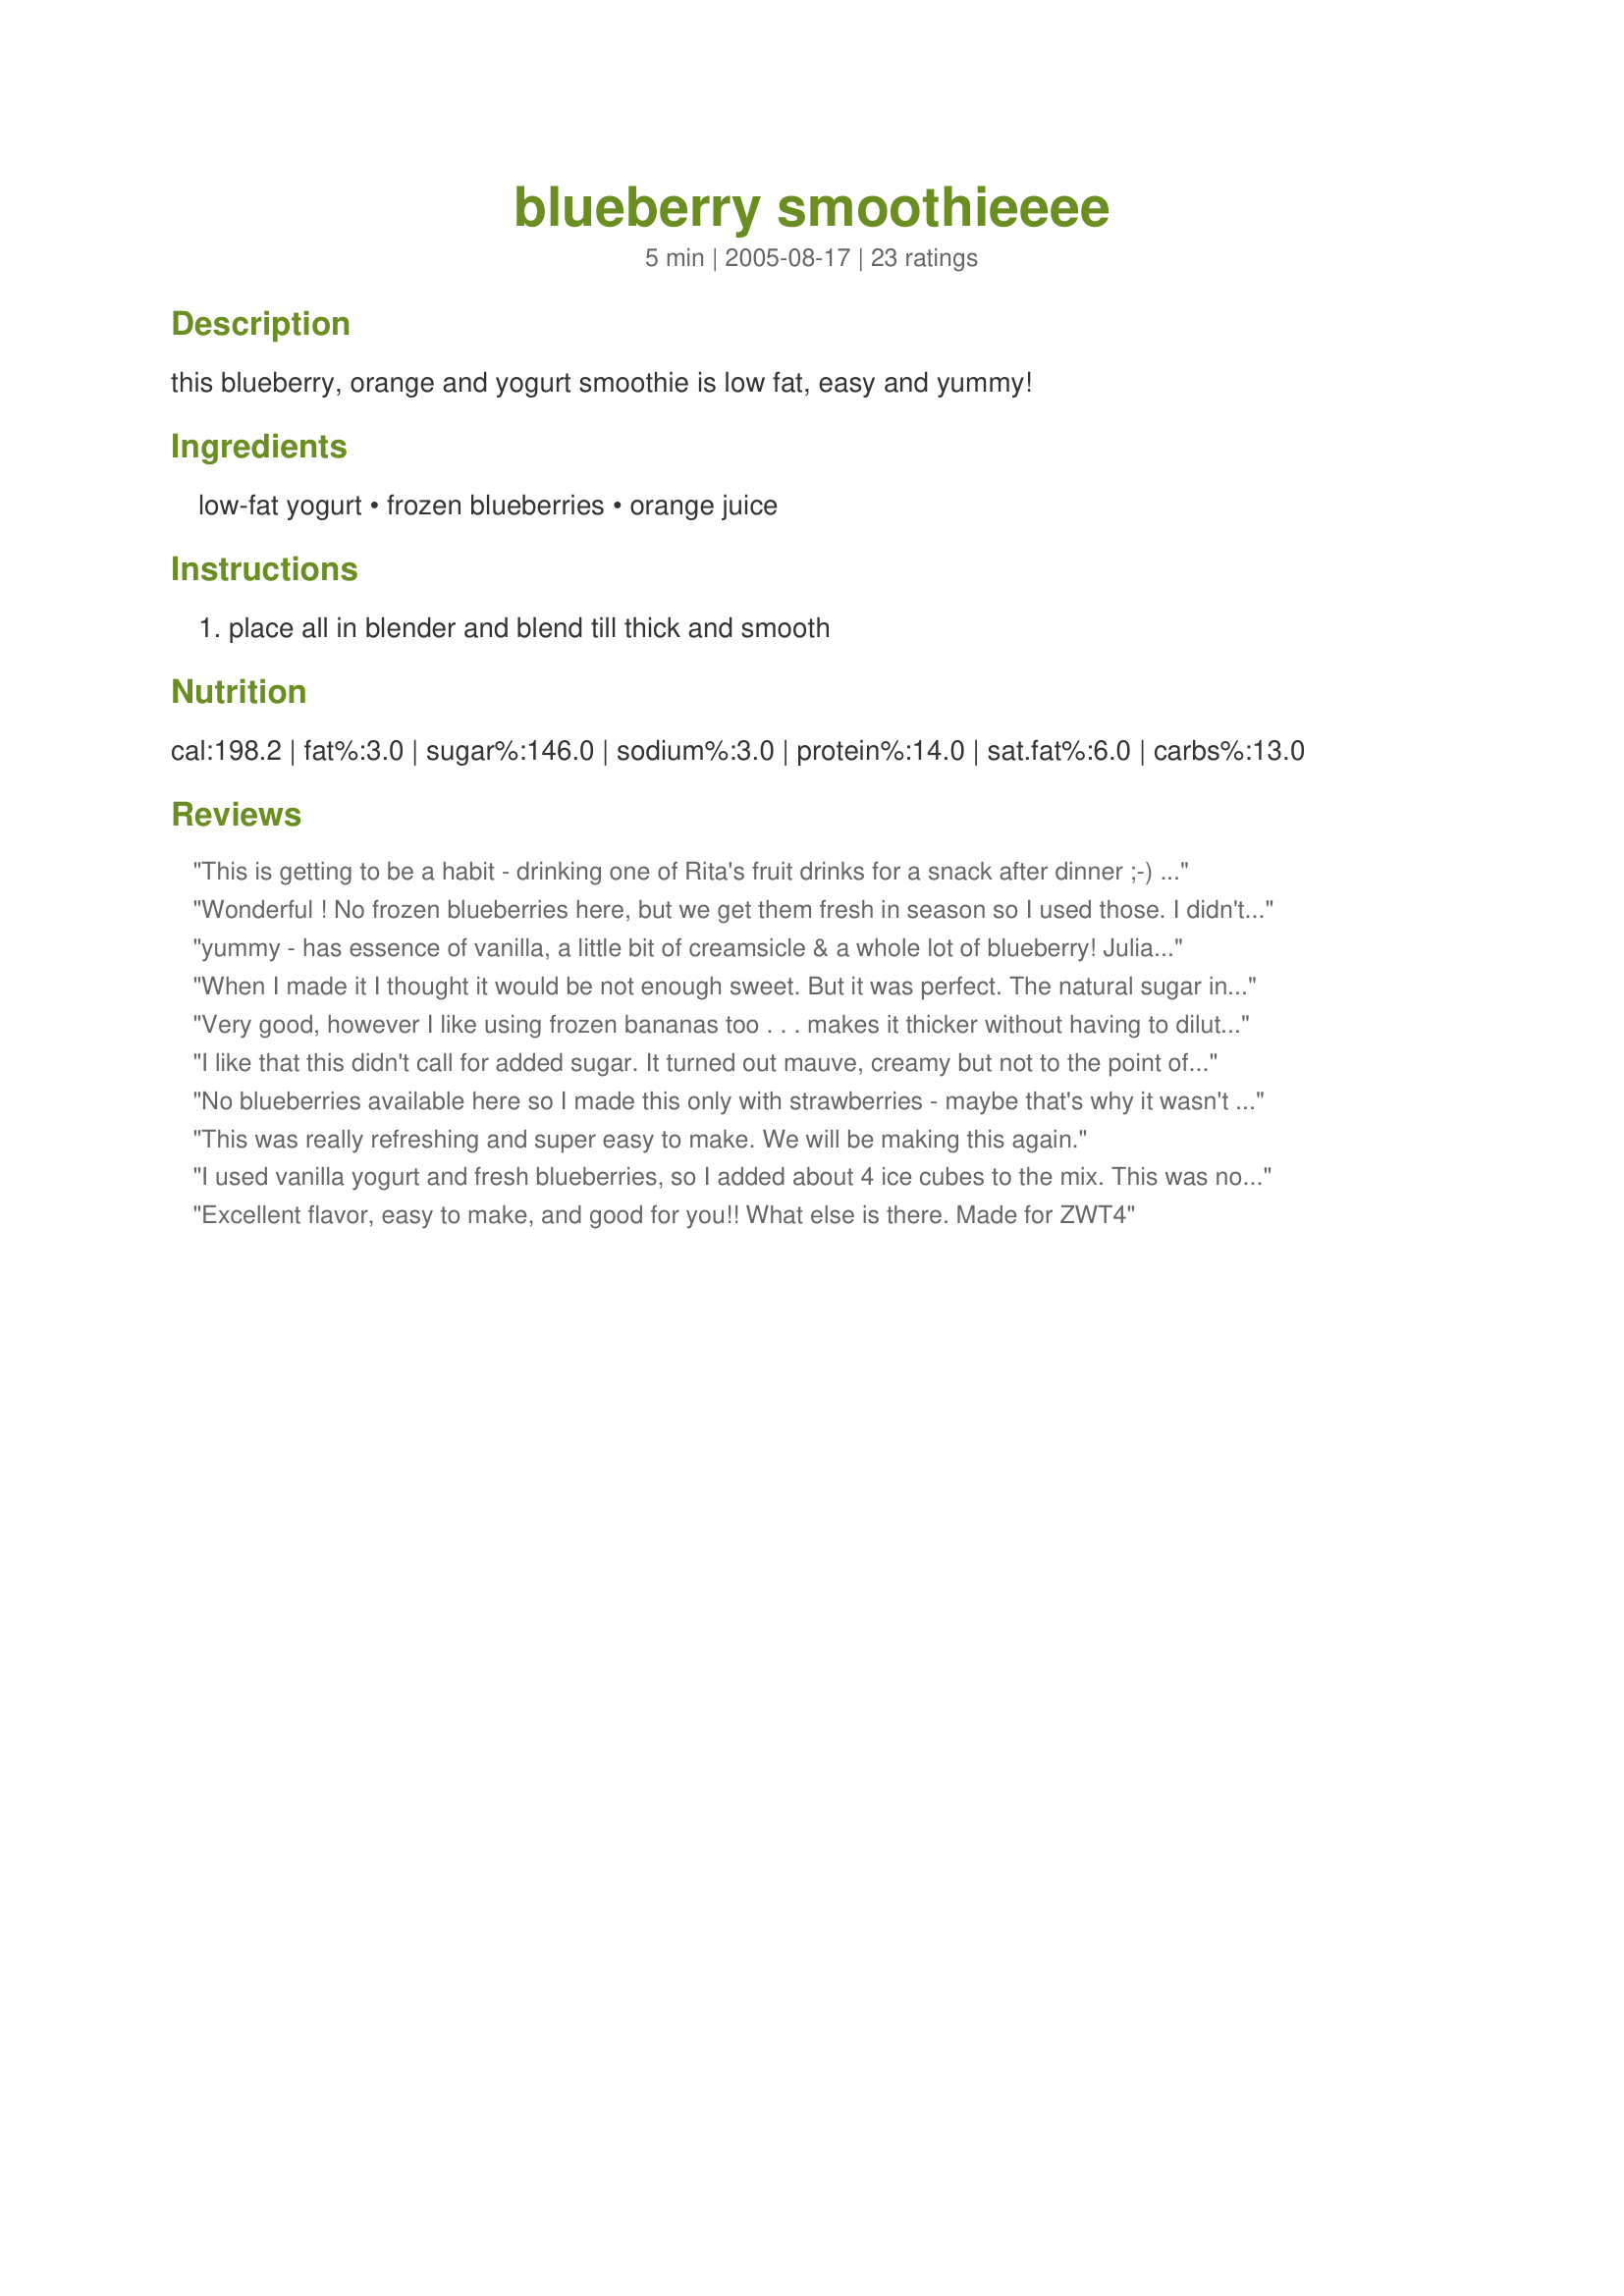
blueberry smoothieeee
Preparation time: 5 minutes

this blueberry, orange and yogurt smoothie is low fat, easy and yummy!

Ingredients:
low-fat yogurt, frozen blueberries, orange juice

Steps:
place all in blender and blend till thick and smooth

Reviews:
This is getting to be a habit - drinking one of Rita's fruit drinks for a snack after dinner ;-) Wonderful combination, as usual. Thanks!
Wonderful ! No frozen blueberries here, but we get them fresh in season so I used those. I didn't know what to expect and Wow was I pleasÃ£ntly surprised! This is seriously yummy. Blueberries are a fruit I like but never have very often, this recipe could change all that when they are available in the shops. Please see my rating system: 5 stars for a smoothie that I could drink every single day for a week and not get sick of... excellent taste and so easy to make. Thanks!
yummy - has essence of vanilla, a little bit of creamsicle & a whole lot of blueberry! Julia says "nice taste of blueberries with creamsicle aftertaste. ZWT 3
When I made it I thought it would be not enough sweet. But it was perfect. The natural sugar in the orange juice made it perfect. Thanks Rita :) Made for All you can cook buffet
Very good, however I like using frozen bananas too . . . makes it thicker without having to dilute with crushed ice. Thanks for sharing.
I like that this didn't call for added sugar. It turned out mauve, creamy but not to the point of being cloying, and a bit tangy, but pleasantly so. I strained it because I am picky like that.
No blueberries available here so I made this only with strawberries - maybe that's why it wasn't sweet enough. It did need a little honey for our tastes. Thanks Rita!
This was really refreshing and super easy to make. We will be making this again.
I used vanilla yogurt and fresh blueberries, so I added about 4 ice cubes to the mix. This was not real sweet, but I enjoyed it for a breakfast treat! Thanks Rita!
Excellent flavor, easy to make, and good for you!! What else is there. Made for ZWT4
This was SOOOO GOOOOD!!!! OMG!!! Thank you so much for the recipe!!! DELISH!!!! :)
Excellent smoothie. I used french vanilla yogurt. The orange juice is so good in this smoothie it brings out the blueberry taste. Most smoothies have banana in it but I really enjoyed this without it was extremely thick without the banana. Nice balance of flavor, thanks for sharing this recipe.
Great for a quick breakfast and a bit different and a bit healthier than some other breakfast smoothies. I used non-fat plain yogurt and frozen bue berries (but I think this will be great with any frozen or fresh berries). Thanks for sharing!
Yummy! For personal taste, I add a little more than 1 cup of ice and 2-3 Tbsp of honey to thicken and sweeten it (this is when I doubled the recipe to make 2 servings).
Such a quick, easy, healthy breakfast drink. We used vanilla yogurt and OJ w/ calcium. My seven year old did all the measuring herself, and we had a lot of fun. Made for Zaar World Tour III.
What a healthy treat for my family! We all loved it and always have frozen blueberries on hand so will make it often. Thanks Rita!
Easy and delicious!!! I had some fresh blueberries I had to use up before they went bad, so I used those and added a large ice cube. I thought the proportions were perfect! *Zaar World Tour 3*
DH is the resident smoothie maker at our house and made this for me today and it's a winner! He used vanilla yogurt, fresh squeezed oj and frozen blueberries. He also doubled the recipe and it made about 1 1/2 large servings (we have big glasses, LOL). Thanks so much for posting a keeper smoothie recipe!
I doubled the recipe and made plenty for 2. I used vanilla organic yogurt. Tossed it all in the vita mix VIOLA!!
Wonderful stuff!!
Thank you Rita
Lovely fresh taste - I had this for breakfast and liked the fact that it wasn't too sweet. For an afternoon treat I might add a bit of sugar, or use vanilla yogurt like some of the other reviewers - that sounds great! Thanks for sharing!
This was a good and easy smoothie. I like that it only makes one serving because I usually don't have anyone to share with (except maybe a 2 year old- he drank half!), but I don't like making a huge blenderful of smoothies that won't keep. I liked the taste, used vanilla yogurt, would maybe add 1/2 banana next time. made for zwt3
Delicious! I made this with Greek yoghurt, frozen blueberries and freshly squeezed orange juice. And I couldn’t resist throwing in what was probably about 1/2 a cup of sunflower seeds, which is one of my regular ingredients in smoothies. Thanks for sharing this recipe!
Just as advertised; low-fat, easy and delicious.
